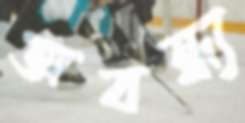
অবন্ধ্য